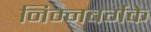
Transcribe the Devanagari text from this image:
निम्नबर्गके